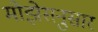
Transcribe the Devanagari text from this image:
मोझेसनुसार